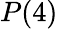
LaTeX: P(4)